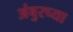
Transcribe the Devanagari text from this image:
अंबुरच्या